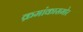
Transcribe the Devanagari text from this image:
क्रमांकासमोर